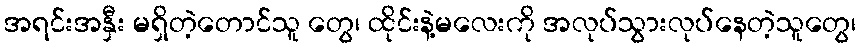
အရင်းအနှီး မရှိတဲ့တောင်သူ တွေ၊ ထိုင်းနဲ့မလေးကို အလုပ်သွားလုပ်နေတဲ့သူတွေ၊